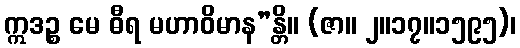
ဣဒဉ္စ မေ ဓီရ မဟာဝိမာန”န္တိ။ (ဇာ။ ၂။၁၇။၁၅၉၅)၊